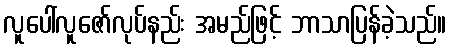
လူပေါ်လူဇော်လုပ်နည်း အမည်ဖြင့် ဘာသာပြန်ခဲ့သည်။